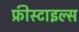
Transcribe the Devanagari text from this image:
फ्रीस्टाइल्स